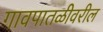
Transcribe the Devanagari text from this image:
गावपातळीवरील